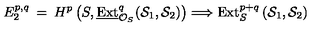
E _ { 2 } ^ { p , q } \: = \: H ^ { p } \left( S , \underline { { \mathrm { E x t } } } _ { { \cal O } _ { S } } ^ { q } ( { \cal S } _ { 1 } , { \cal S } _ { 2 } ) \right) \Longrightarrow \mathrm { E x t } _ { S } ^ { p + q } \left( { \cal S } _ { 1 } , { \cal S } _ { 2 } \right)